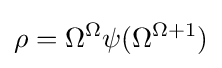
\rho =\Omega ^{\Omega }\psi (\Omega ^{\Omega +1})